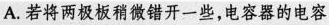
A. 若将两极板稍微错开一些，电容器的电容